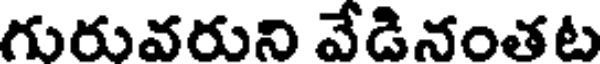
గురువరుని వేడినంతట